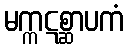
မက္ကဋစ္ဆာပကံ